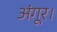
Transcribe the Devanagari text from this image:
अंगूर।